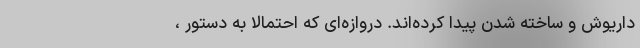
داریوش و ساخته شدن پیدا کرده‌اند. دروازه‌ای که احتمالا به دستور ،